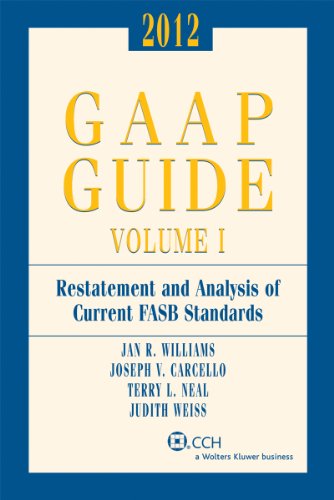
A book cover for GAAP Guide (2012) - Includes Top Federal Tax Issues for 2012 CPE Course; Jan R. Williams; Business & Money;